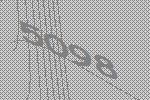
5098